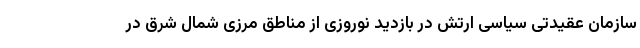
سازمان عقیدتی سیاسی ارتش در بازدید نوروزی از مناطق مرزی شمال شرق در